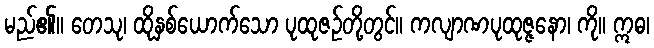
မည်၏။ တေသု၊ ထိုနှစ်ယောက်သော ပုထုဇဉ်တို့တွင်။ ကလျာဏပုထုဇ္ဇနော၊ ကို။ ဣဓ၊